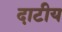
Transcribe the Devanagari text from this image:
दाटीय